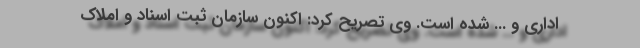
اداری و ... شده است. وی تصریح کرد: اکنون سازمان ثبت اسناد و املاک